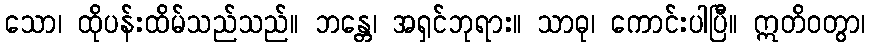
သော၊ ထိုပန်းထိမ်သည်သည်။ ဘန္တေ၊ အရှင်ဘုရား။ သာဓု၊ ကောင်းပါပြီ။ ဣတိဝတွာ၊